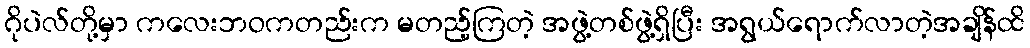
ဂိုပဲလ်တို့မှာ ကလေးဘဝကတည်းက မတည့်ကြတဲ့ အဖွဲ့တစ်ဖွဲ့ရှိပြီး အရွယ်ရောက်လာတဲ့အချိန်ထိ